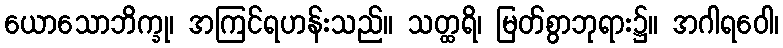
ယောသောဘိက္ခု၊ အကြင်ရဟန်းသည်။ သတ္ထရိ၊ မြတ်စွာဘုရား၌။ အဂါရဝေါ၊